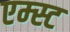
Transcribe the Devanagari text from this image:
एम्स्ट